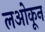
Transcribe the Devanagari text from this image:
लओकून